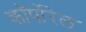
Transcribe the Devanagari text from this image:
कॉर्पोरेल